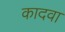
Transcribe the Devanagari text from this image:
कादवा